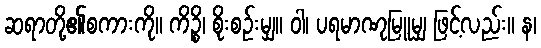
ဆရာတို့၏စကားကို။ ကိဉ္စိ၊ စိုးစဉ်းမျှ။ ဝါ၊ ပရမာဏုမြူမျှ ဖြင့်လည်း။ န၊